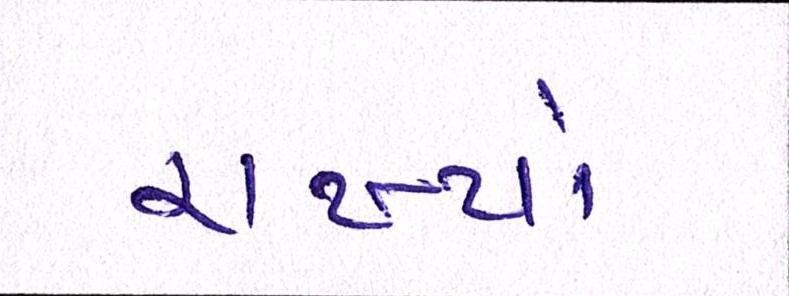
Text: રાખ્યાં